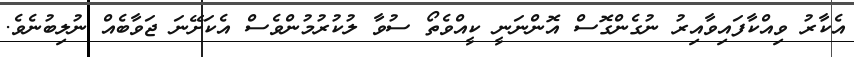
އެކާރު ވިއްކާާފައިވާއިރު ނުގެންގޮސް އޮންނަނީ ކީއްވެތޯ ސުވާ ލުކުރުމުންވެސް އެކަށޭނަ ޖަވާބެއް ނުލިބުނެވެ.